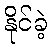
နိုင်ခဲ့